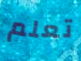
تعلم